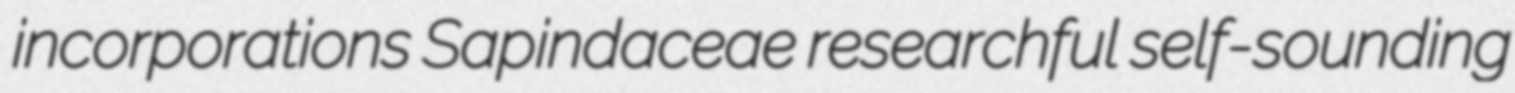
incorporations Sapindaceae researchful self-sounding